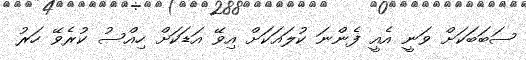
ސަބަބަކަށް ވަނީ އެއީ ފެންނަ ކުލައަކަށް އިވޭ އަޑަކަށް ހިއްސު ކުރެވޭ ހަރު